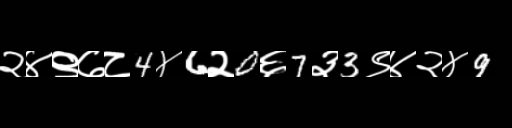
Text: २४९७८4४6२0६7३3९४२४9